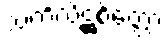
သံကိလိဋ္ဌစိတ္တော